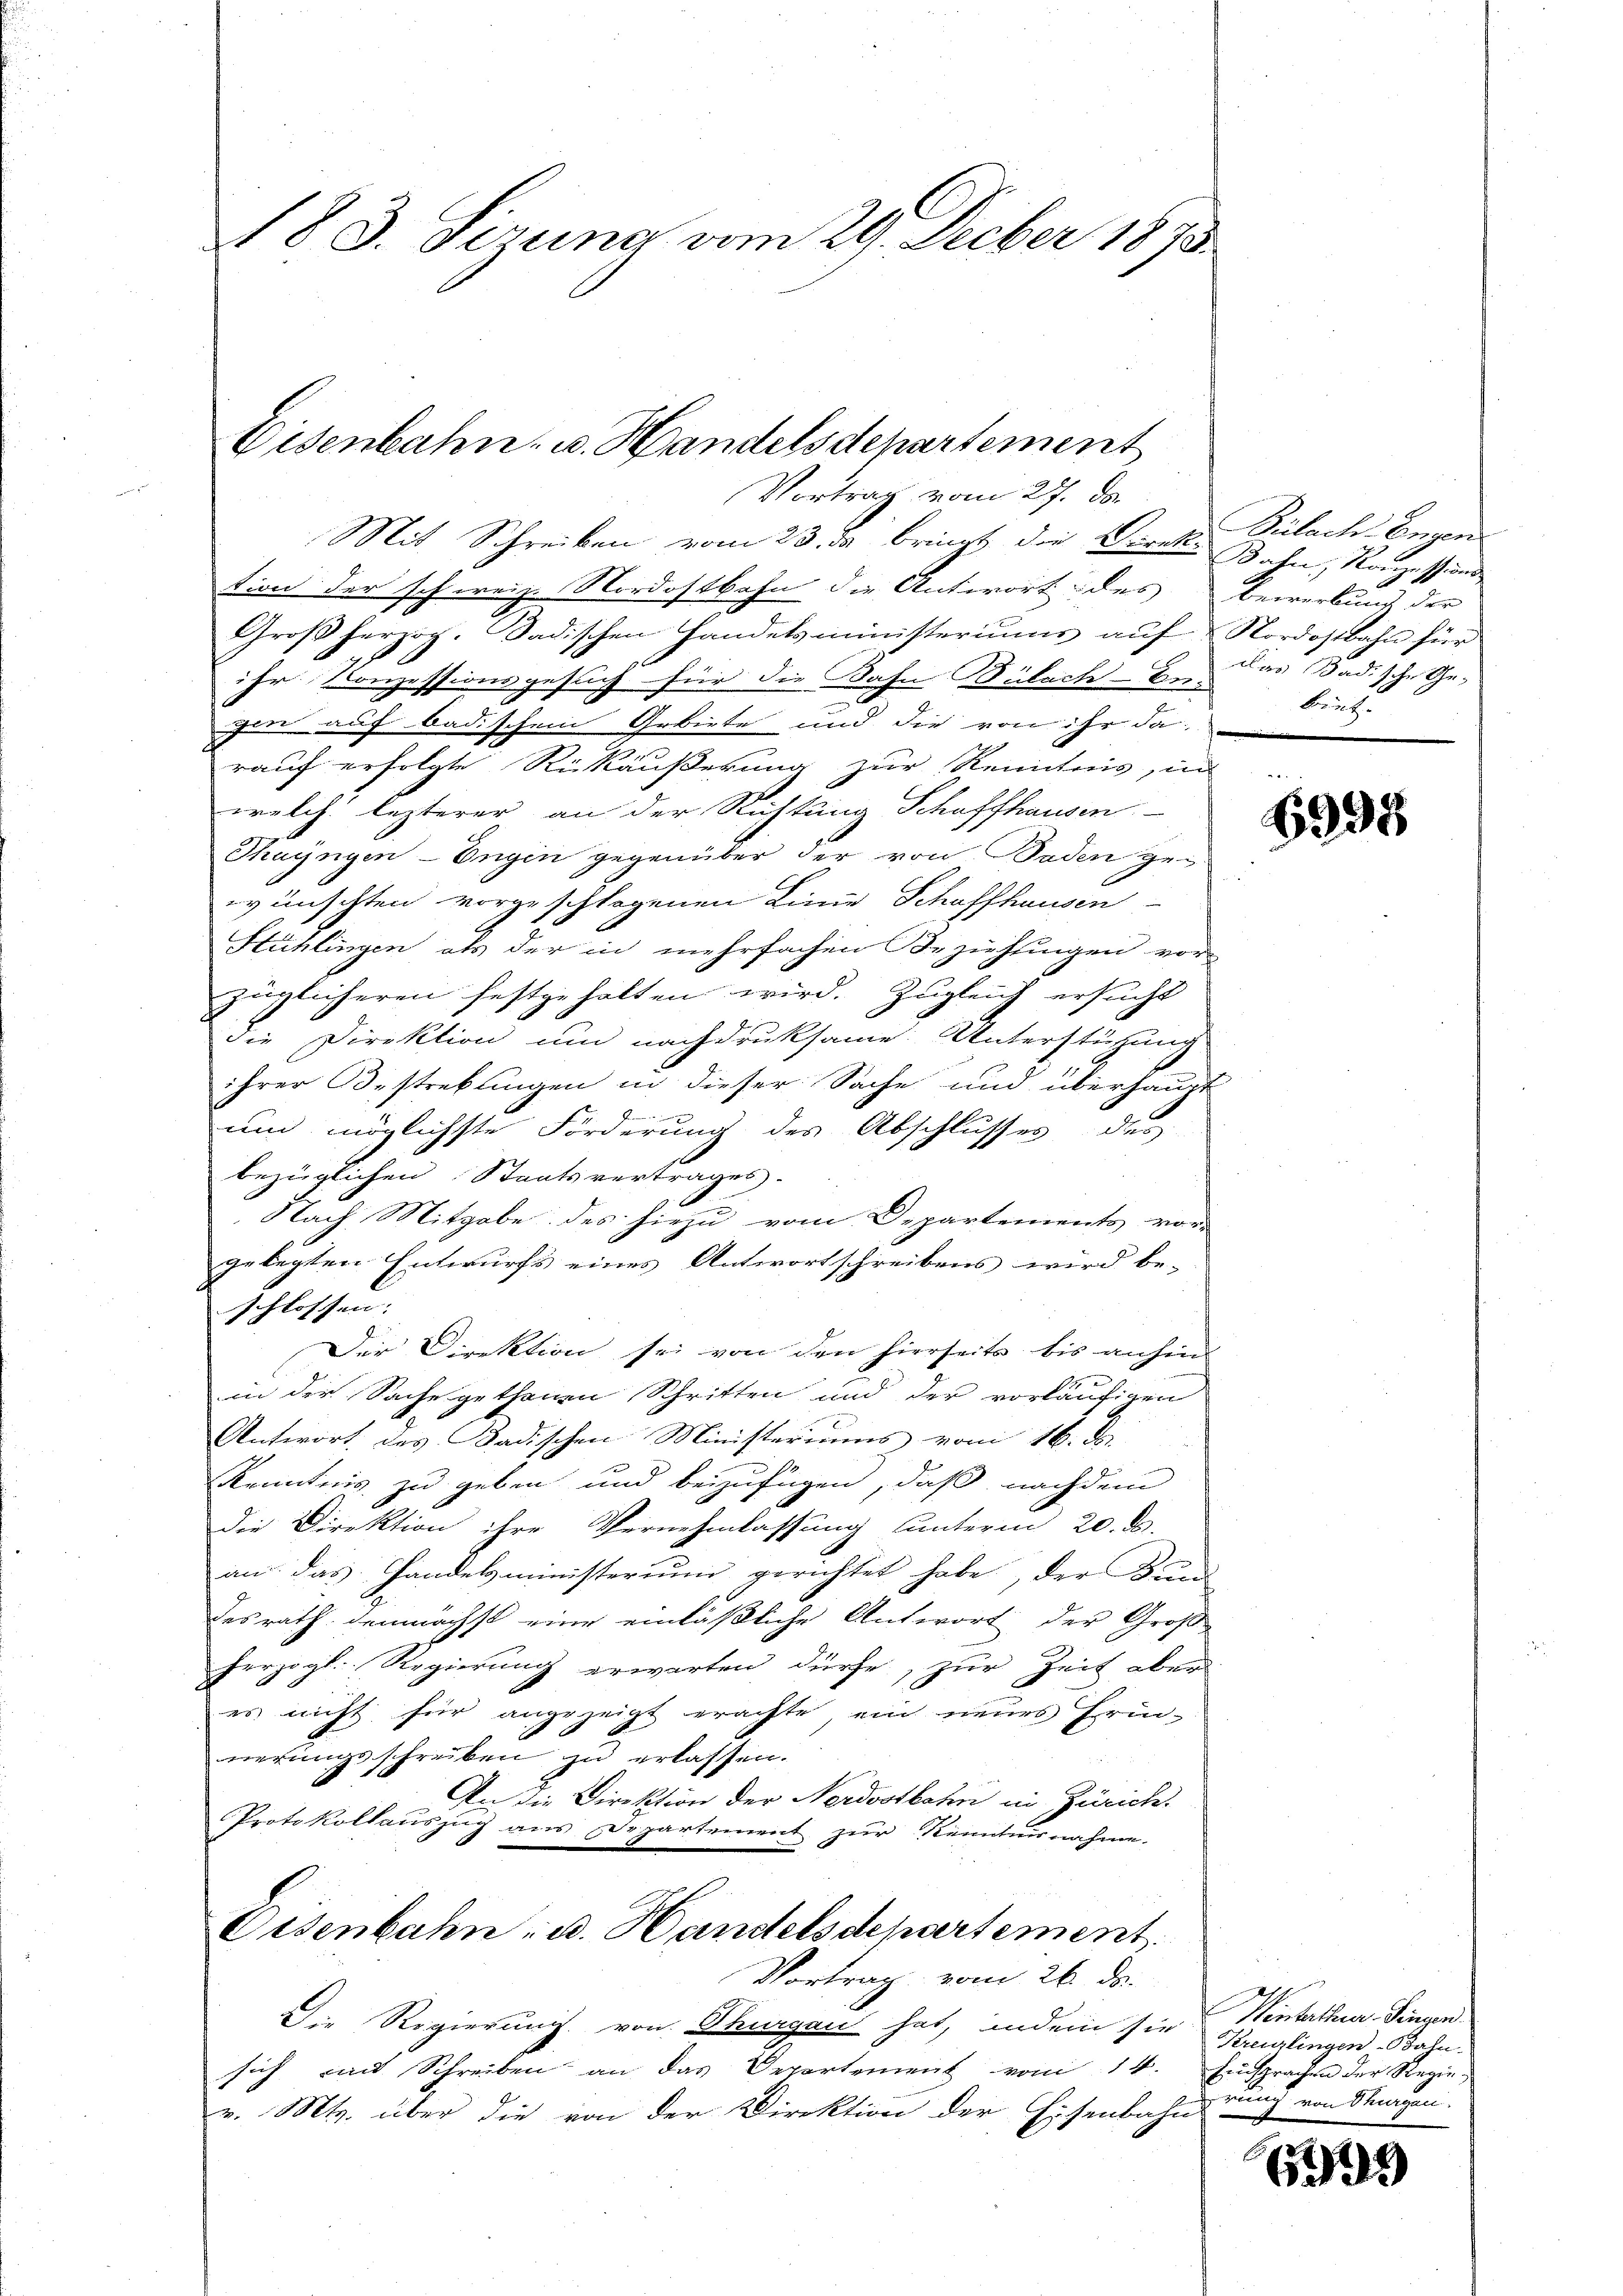
183. Sirung vom 29. Decber 1873.

Eisenbahn u. Handelsdepartement

Vortrag vom 27. ds.
Mit Schreiben vom 23. ds. bringt, die Direkte Bahn, Konzessionstion der schweiz. Nordostbahn die Antwort des Bewerbung der
Großherzog. Dadischen Handelsministeriums auf Nordostbahn für
ihr Konzessionsgesuch für die Bahn Bülach Be-
ieer auf badischen Gebiete und die von ihr da
rauf erfolgte Rückäußerung zur Kenntnis, in
welch lezterer an der Richtung Schaffhausen
Thayngen-Engin gegenüber der von Boden ge-
wünschten vorgeschlagenen Linie Schaffhausen
Stühlingen als der in mehrfachen Beziehungen vor-
züglicheren festgehalten wird. Zugleich ersucht
die Direktion um nachdruksame Unterstüzung
ihrer Bestrebungen in dieser Sache und überhaupt
B
um möglichste Forderung des Abschlusses des
bezüglichen Staatsvertrages.
Nach Mitgabe des hiezu vom Departements vor-
gelegten Entwurfs eines Antwortschreibens wird be-
schlossen:
Der Direktion sei von den hierseits bis anhein
in der Sache gethenen Schritten und der vorläufigen
Antwort des Badischen Ministeriums vom 16. d.
Kenntnis zu geben und beizufügen, daß nachdem
Die Direktion ihre Vernehmlassung unterm 20. ds.
an das Handelsministerium gerichtet habe, der Bund
desrath demnächst eine einläßliche Antwort der Groß-
herzogl. Regierung erwarten dürfe, zur Zeit aber
es nicht für angezeigt erachte, ein neues Erin-
nerungsschreiben zu erlassen.
An die Direktion der Nordostbahr in Zürich.
Protokollauszug aus Departement zur Kenntnisnahme-
Eisenbahn, u. Handelsdepartement.
Vortrag vom 26. ds.
Die Regierung von Thurgau hat, indem sie Kreilingen Bahn-
sich und Schreiben an das Departement vom 14. Einsprachen der Regiev. Mts. über die von der Direktion der Eisenbahn

Bülach Engen
das Badische Ge-
bring

6933

Ventalterer Fingen.
rung von Stragen.

633